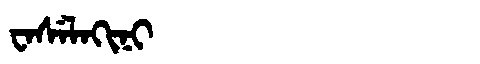
Manchu: ᠸᠠᠰᡝᠯᠠᡴᡳᠨᡳ
Romanization: WASELAKINI